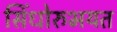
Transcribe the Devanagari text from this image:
सिंधोरुभयत